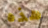
هذه